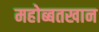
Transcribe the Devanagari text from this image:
महोब्बतखान